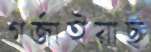
গর্জাইয়াছ